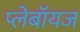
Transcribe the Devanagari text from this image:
प्लेबॉयज